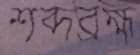
শব্দব্রহ্ম